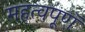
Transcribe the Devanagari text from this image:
महत्वपूणॅ